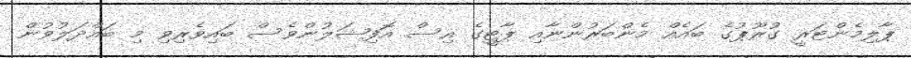
ޕާލިމެންޓަރީ ގުރޫޕުގެ ބައެއް މެންބަރުންނާއި ޕާޓީގެ އިސް އޮފިޝަލުންވެސް ބައިވެރިވި މި ބައްދަލުވުން